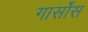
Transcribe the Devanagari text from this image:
गार्सोंस